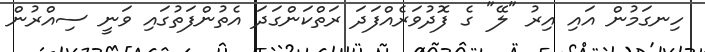
ހިނގަމުން އައި އިރު "ލޭ" ގެ ފޮދުވަރެއްފަދަ ރަތްކަންގަދަ އެތުންފަތުގައި ވަނީ ސިއްރުން